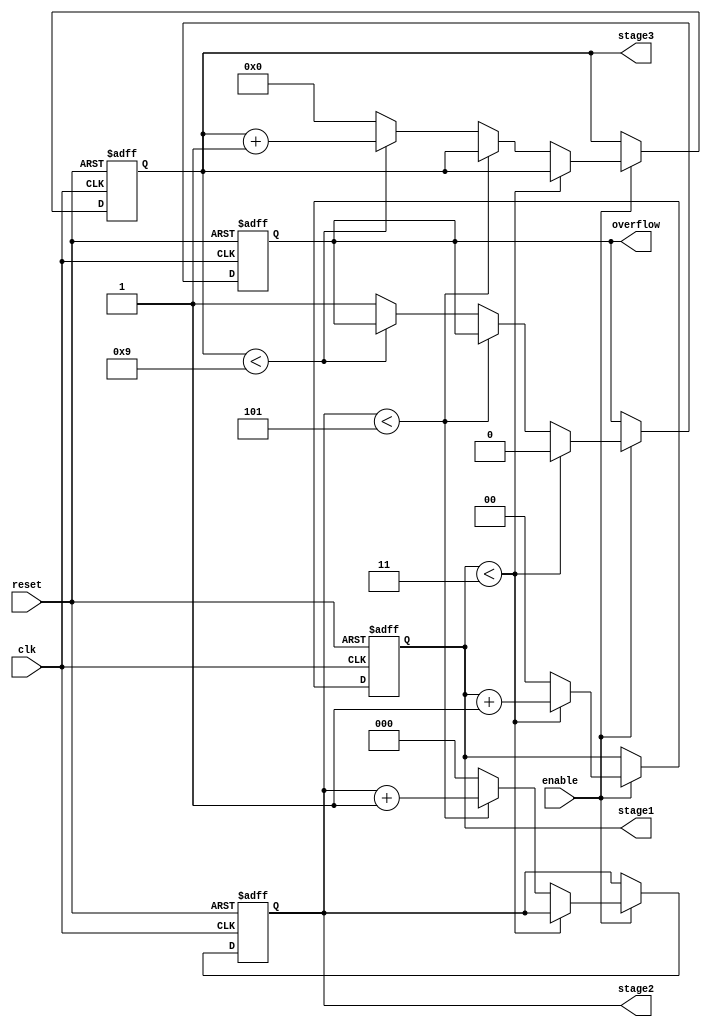
module mixed_radix_counter (
    input wire clk,                    // Clock signal
    input wire reset,                  // Asynchronous reset signal
    input wire enable,                 // Enable signal for counting
    output reg [1:0] stage1,           // Stage 1 output (0-3)
    output reg [2:0] stage2,           // Stage 2 output (0-5)
    output reg [3:0] stage3,           // Stage 3 output (0-9)
    output reg overflow                 // Overflow signal
);
    
    // Radix values for each stage
    localparam R1 = 4;                 // Radix for stage 1
    localparam R2 = 6;                 // Radix for stage 2
    localparam R3 = 10;                // Radix for stage 3

    // Counter process
    always @(posedge clk or posedge reset) begin
        if (reset) begin
            // Reset all stages to 0
            stage1 <= 0;
            stage2 <= 0;
            stage3 <= 0;
            overflow <= 0;
        end else if (enable) begin
            // Counting logic for stage 1
            if (stage1 < R1 - 1) begin
                stage1 <= stage1 + 1;
                overflow <= 0;  // Reset overflow
            end else begin
                stage1 <= 0; // Reset stage 1
                // Counting logic for stage 2
                if (stage2 < R2 - 1) begin
                    stage2 <= stage2 + 1;
                end else begin
                    stage2 <= 0; // Reset stage 2
                    // Counting logic for stage 3
                    if (stage3 < R3 - 1) begin
                        stage3 <= stage3 + 1;
                    end else begin
                        stage3 <= 0; // Reset stage 3
                        overflow <= 1; // Signal overflow if stage 3 overflows
                    end
                end
            end
        end
    end
endmodule